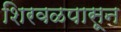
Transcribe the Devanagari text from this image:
शिरवळपासून